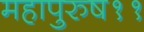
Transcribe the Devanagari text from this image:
महापुरुष११